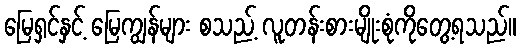
မြေရှင်နှင့် မြေကျွန်များ စသည့် လူတန်းစားမျိုးစုံကိုတွေ့ရသည်။